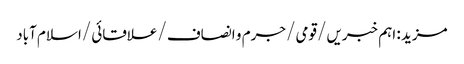
مزید : اہم خبریں /قومی /جرم و انصاف /علاقائی /اسلام آباد